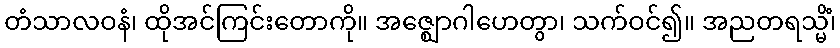
တံသာလဝနံ၊ ထိုအင်ကြင်းတောကို။ အဇ္ဈောဂါဟေတွာ၊ သက်ဝင်၍။ အညတရသ္မိံ၊